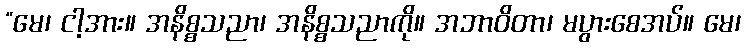
“မေ၊ ငါ့အား။ အနိစ္စသညာ၊ အနိစ္စသညာကို။ အဘာဝိတာ၊ မပွားစေအပ်။ မေ၊